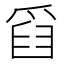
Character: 𤔘